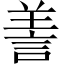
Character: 𦎍